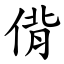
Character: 偝